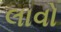
લાવો